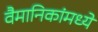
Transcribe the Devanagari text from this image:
वैमानिकांमध्ये